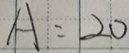
A : 2 0